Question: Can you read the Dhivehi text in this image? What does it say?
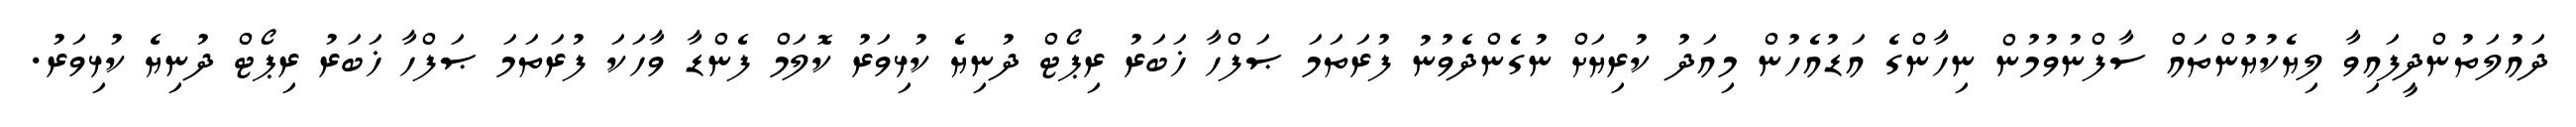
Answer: ދައުލަތުންދީފައިވާ ލިޔެކުޔުންތައް ސާފްނުވުމުން ނިހާންގެ އަޑުއެހުން މިއަދު ކުރިޔަށް ނުގެންދެވުނު ފުރަތަމަ ޞަފްހާ ޚަބަރު ރިޕޯޓް ދުނިޔެ ކުޅިވަރު ކޮލަމް ފެންޑާ ވާހަކަ ފުރަތަމަ ޞަފްހާ ޚަބަރު ރިޕޯޓް ދުނިޔެ ކުޅިވަރު.